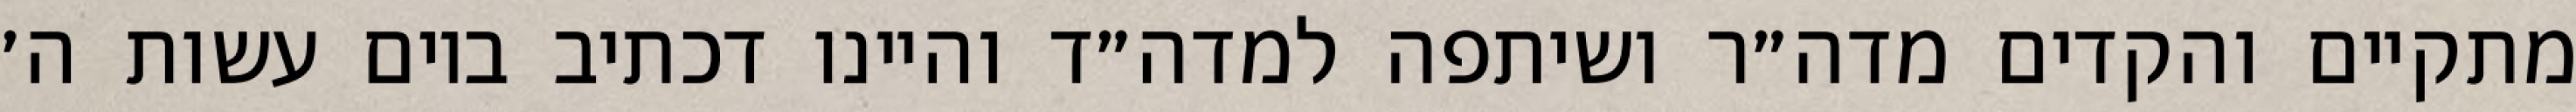
מתקיים והקדים מדה״ר ושיתפה למדה״ד והיינו דכתיב ביום עשות ה׳